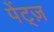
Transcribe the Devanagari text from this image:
पेंट्ज़